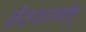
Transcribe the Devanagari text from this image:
वेदशास्त्रेषु